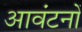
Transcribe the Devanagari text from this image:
आवंटनों